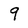
Character: 9